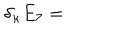
LaTeX: \delta _ { \kappa } E _ { 7 } =